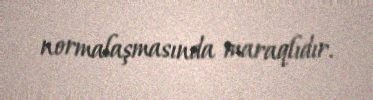
normalaşmasında maraqlıdır.